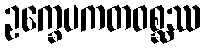
ဥက္ခေပကတဝစ္ဆဿ